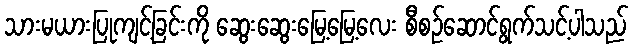
သားမယားပြုကျင့်ခြင်းကို ဆွေးဆွေးမြေ့မြေ့လေး စီစဉ်ဆောင်ရွက်သင့်ပါသည်